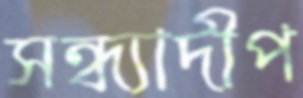
সন্ধ্যাদীপ